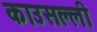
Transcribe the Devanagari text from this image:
काउसल्ली